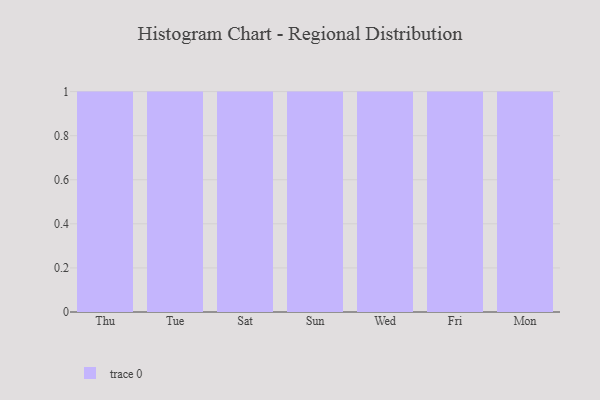
{"axis": {"x": "Day", "y": "Production Output"}, "legend": [""], "data": [{"x": "Thu", "y": 75, "type": ""}, {"x": "Tue", "y": 87, "type": ""}, {"x": "Sat", "y": 35, "type": ""}, {"x": "Sun", "y": 47, "type": ""}, {"x": "Wed", "y": 37, "type": ""}, {"x": "Fri", "y": 8, "type": ""}, {"x": "Mon", "y": 13, "type": ""}]}